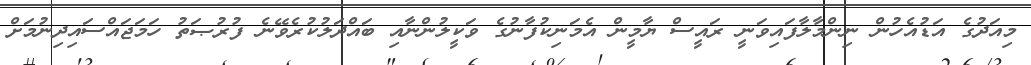
މިއަދުގެ އަޑުއެހުން ނިންމާލާފައިވަނީ ރައީސް ޔާމީން އެމަނިކުފާނުގެ ވަކީލުންނާއި ބައްދަލުކުރެވޭނެ ފުރުޞަތު ހަމަޖައްސައިދިނުމަށް